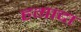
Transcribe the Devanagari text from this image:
हगादा